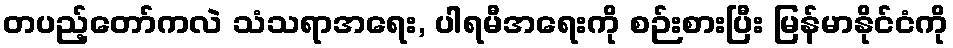
တပည့်တော်ကလဲ သံသရာအရေး, ပါရမီအရေးကို စဉ်းစားပြီး မြန်မာနိုင်ငံကို